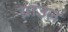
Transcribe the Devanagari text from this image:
ग्राउल